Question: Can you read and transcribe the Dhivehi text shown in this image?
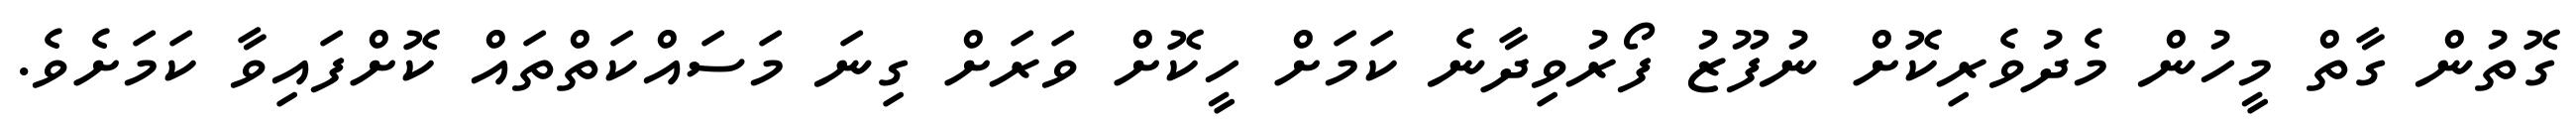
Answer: ގޮތުން ގާތް މީހުން މެދުވެރިކޮށް ނުފޫޒު ފޯރުވިދާނެ ކަމަށް ހީކޮށް ވަރަށް ގިނަ މަސައްކަތްތައް ކޮށްފައިވާ ކަމަށެވެ.